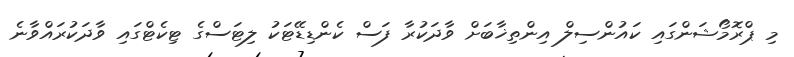
މި ޕްރޮމޯޝަންގައި ކައުންސިލް އިންތިޚާބަށް ވާދަކުރާ ފަސް ކެންޑިޑޭޓަކު ލިޓަސްގެ ޓިކެޓްގައި ވާދަކުރައްވާނެ